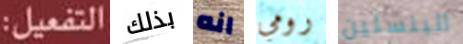
التفعيل: بذلك انه رومي البنسلين